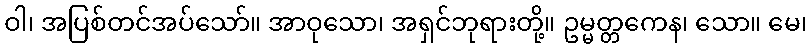
ဝါ၊ အပြစ်တင်အပ်သော်။ အာဝုသော၊ အရှင်ဘုရားတို့။ ဥမ္မတ္တကေန၊ သော။ မေ၊